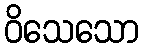
ဝိသေသော